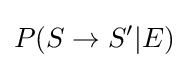
P(S\rightarrow S'|E)